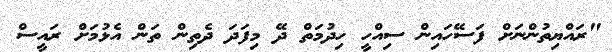
"ރައްޔިތުންނަށް ފަސޭހައިން ސިއްހީ ހިދުމަތް ދޭ މިފަދަ ދެތިން ތަން އެޅުމަށް ރައީސް